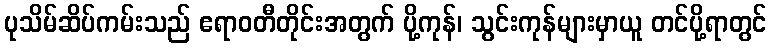
ပုသိမ်ဆိပ်ကမ်းသည် ဧရာဝတီတိုင်းအတွက် ပို့ကုန်၊ သွင်းကုန်များမှာယူ တင်ပို့ရာတွင်